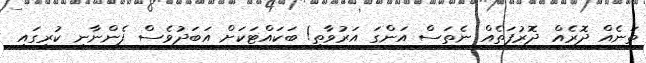
ތަނެއް ދޮރެއް ދޮރުފަތެއް ނެތަސް އަންގަ އަރުވާތި! ބަކައްޓަކަށް އަބަދުވެސް ފެންނާނީ ކުރީގައި